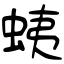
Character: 蛦